Lunatic asylums Bombay report 1891-1903 - 1891-1903
Year: 1891
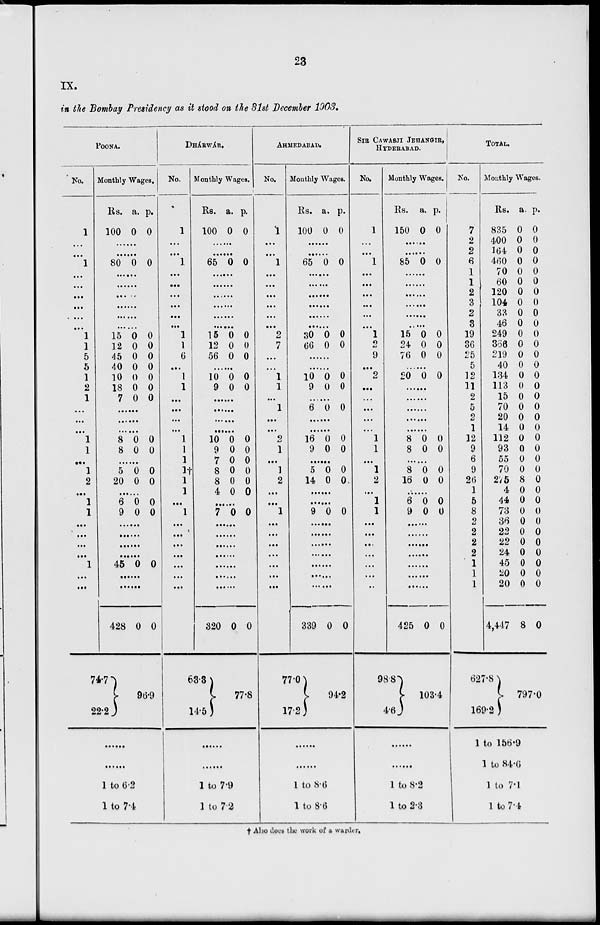
23
IX.
in the Bombay Presidency as it stood on the 31st December 1903.
POONA.
No.
1
...
...
1
...
...
...
...
...
...
1
1
5
5
1
2
1
...
...
...
1
1
...
1
2
...
1
1
...
...
...
...
1
...
...
Monthly Wages.
Rs.
100
a.
0
p.
0
......
......
80 0 0
......
......
......
......
......
......
15
12
45
40
10
18
7
0
0
0
0
0
0
0
0
0
0
0
0
0
0
......
......
......
8
8
0
0
0
0
......
5
20
0
0
0
0
......
6
9
0
0
0
0
......
......
......
...
45 0 0
......
......
428
74.7
22.2
0 0
96.9
......
......
1 to 6.2
1 to 7.4
DHÁRWÁR.
No.
1
...
...
1
...
...
...
...
...
...
1
1
6
...
1
1
...
...
...
...
1
1
1
1†
1
1
...
1
...
...
...
...
...
...
...
Monthly Wages.
Rs.
100
a.
0
p.
0
......
......
65 0 0
......
......
......
......
......
......
15
12
56
0
0
0
0
0
0
......
10
9
0
0
0
0
......
......
......
......
10
9
7
8
8
4
0
0
0
0
0
0
0
0
0
0
0
0
......
7 0 0
......
......
......
......
......
......
......
320
63.3
14.5
0 0
77.8
......
......
1 to 7.9
1 to 7.2
AHMEDABAD.
No.
1
...
...
1
...
...
...
...
...
...
2
7
...
...
1
1
...
1
...
...
2
1
...
1
2
...
...
1
...
...
...
...
...
...
...
Monthly Wages.
Rs.
100
a.
0
p.
0
......
......
65 0 0
......
......
......
......
......
......
30
66
0
0
0
0
......
......
10
9
0
0
0
0
......
6 0 0
......
......
16
9
0
0
0
0
......
5
14
0
0
0
0
......
......
9 0 0
......
......
......
......
......
......
......
339
77.0
17.2
0 0
94.2
......
......
1 to 8.6
1 to 8.6
SIR CAWASJI JEHANGIR,
HYDERABAD.
No.
1
...
...
1
...
...
...
...
...
...
1
2
9
...
2
...
...
...
...
...
1
1
...
1
2
...
1
1
...
...
...
...
...
...
...
Monthly Wages.
Rs.
150
a.
0
p.
0
......
......
85 0 0
......
......
......
......
......
...
15
24
76
0
0
0
0
0
0
......
20 0 0
......
......
......
......
......
8
8
0
0
0
0
......
8
16
0
0
0
0
......
6
9
0
0
0
0
......
......
......
......
......
......
......
425
98.8
4.6
0 0
103.4
......
......
1 to 8.2
1 to 2.3
TOTAL.
No.
7
2
2
6
1
1
2
3
2
3
19
36
25
5
12
11
2
5
2
1
12
9
6
9
26
1
5
8
2
2
2
2
1
1
1
Monthly Wages.
Rs.
835
400
164
460
70
60
120
104
33
46
249
366
219
40
134
113
15
70
20
14
112
93
55
70
275
4
44
73
36
22
22
24
45
20
20
4,447
627.8
169.2
a.
0
0
0
0
0
0
0
0
0
0
0
0
0
0
0
0
0
0
0
0
0
0
0
0
8
0
0
0
0
0
0
0
0
0
0
8
p.
0
0
0
0
0
0
0
0
0
0
0
0
0
0
0
0
0
0
0
0
0
0
0
0
0
0
0
0
0
0
0
0
0
0
0
0
797.0
1 to 156.9
1 to 84.6
1 to 7.1
1 to 7.4
† Also does the work of a warder.